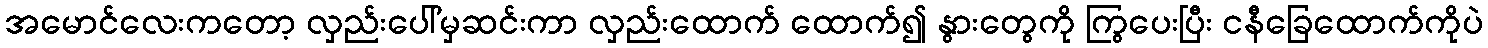
အမောင်လေးကတော့ လှည်းပေါ်မှဆင်းကာ လှည်းထောက် ထောက်၍ နွားတွေကို ကြွပေးပြီး ငနီခြေထောက်ကိုပဲ